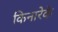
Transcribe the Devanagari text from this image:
किनारेके